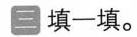
三填一填。